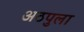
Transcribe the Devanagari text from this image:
अठपुला